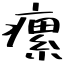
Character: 瘰